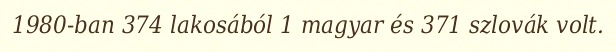
1980-ban 374 lakosából 1 magyar és 371 szlovák volt.